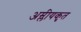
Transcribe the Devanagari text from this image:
अम्लीयकृत